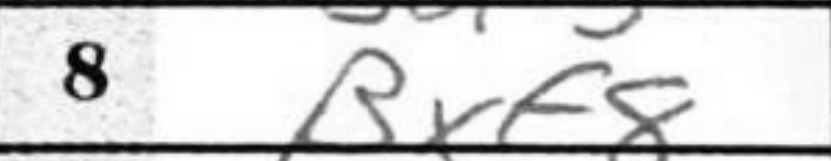
Transcription: Rxf8